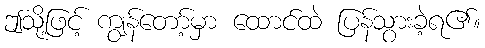
ဤသို့ဖြင့် ကျွန်တော့်မှာ ထောင်ထဲ ပြန်သွားခဲ့ရ၏။